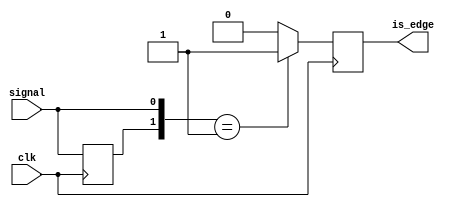
module edge_detector #(parameter detect_posedge=1)(input clk, input signal, output reg is_edge);

reg [1:0] edge_detect;
initial edge_detect=0;

always @(posedge clk)
begin
	edge_detect[1]=edge_detect[0];
	edge_detect[0]=signal;
	if(detect_posedge)
		if(edge_detect==2'b01)
			is_edge=1;
		else
			is_edge=0;
	else
		if(edge_detect==2'b10)
			is_edge=1;
		else
			is_edge=0;
end
endmodule